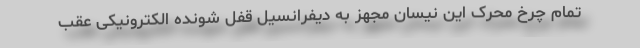
تمام چرخ محرک این نیسان مجهز به دیفرانسیل قفل شونده الکترونیکی عقب